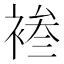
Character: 𫌄